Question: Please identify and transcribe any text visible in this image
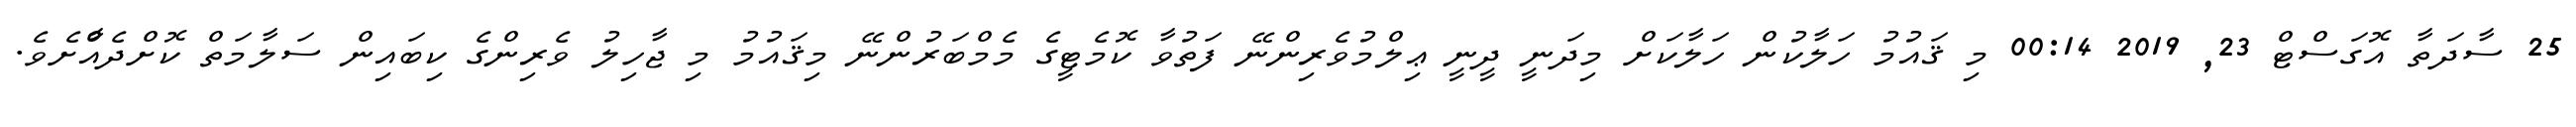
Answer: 25 ސާދަތާ އޮގަސްޓް 23, 2019 00:14 މި ޤައުމު ހަލާކުން ހަލާކަށް މިދަނީ ދީނީ ޢިލްމުވެރިންނޭ ފަތުވާ ކޮމެޓީގެ މެމްބަރުންނޭ މިޤައުމު މި ޖާހިލު ވެރިންގެ ކިބައިން ސަލާމަތް ކޮށްދެއްާށެވެ.